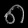
Digit: ၈